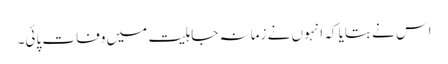
اس نے بتایا کہ انہوں نے زمانہ جاہلیت میں وفات پائی۔